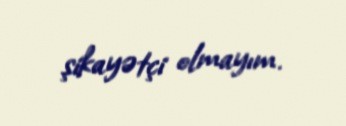
şikayətçi olmayım.